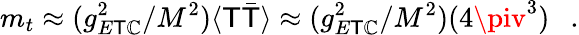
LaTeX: m_{t}\approx(g_{E\mathsf{T}\mathbb{C}}^{2}/M^{2})\langle\mathsf{T}\bar{{\mathsf{T}}}\rangle\approx(g_{E\mathsf{T}\mathbb{C}}^{2}/M^{2})(4\piv^{3})\ \ \ .